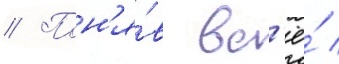
// Пон'я́в вс'ё́ /